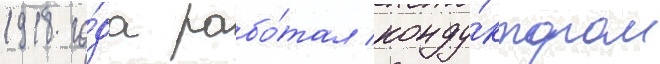
1918 го́да рабо́тал конду́ктором